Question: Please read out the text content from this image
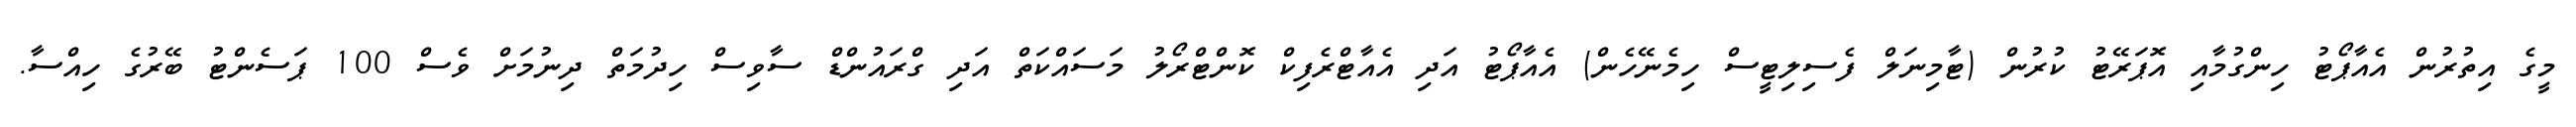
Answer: މީގެ އިތުރުން އެއާޕޯޓު ހިންގުމާއި އޮޕަރޭޓު ކުރުން (ޓާމިނަލް ފެސިލިޓީސް ހިމެނޭހެން) އެއާޕޯޓު އަދި އެއާޓްރެފިކް ކޮންޓްރޯލު މަސައްކަތް އަދި ގްރައުންޑް ސާވިސް ހިދުމަތް ދިނުމަށް ވެސް 100 ޕަސެންޓު ބޭރުގެ ހިއްސާ.